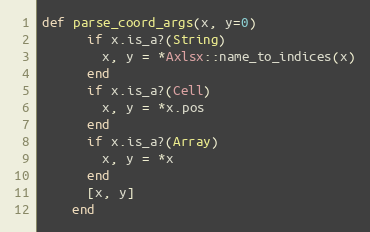
Language: Ruby
def parse_coord_args(x, y=0)
      if x.is_a?(String)
        x, y = *Axlsx::name_to_indices(x)
      end
      if x.is_a?(Cell)
        x, y = *x.pos
      end
      if x.is_a?(Array)
        x, y = *x
      end
      [x, y]
    end